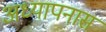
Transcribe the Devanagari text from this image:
अध्यापनास